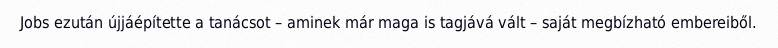
Jobs ezután újjáépítette a tanácsot – aminek már maga is tagjává vált – saját megbízható embereiből.